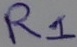
Text: R1